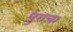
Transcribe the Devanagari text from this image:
धुराचा